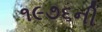
૧૯૭૬ની